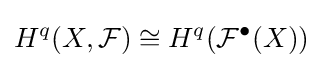
H^{q}(X,{\mathcal {F}})\cong H^{q}({\mathcal {F}}^{\bullet }(X))